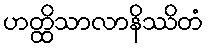
ဟတ္ထိသာလာနိဿိတံ